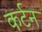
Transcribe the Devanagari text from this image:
कर्टन